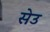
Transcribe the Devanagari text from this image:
सेउ